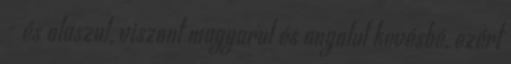
- és olaszul, viszont magyarul és angolul kevésbé, ezért